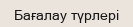
Бағалау түрлері